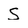
Character: S